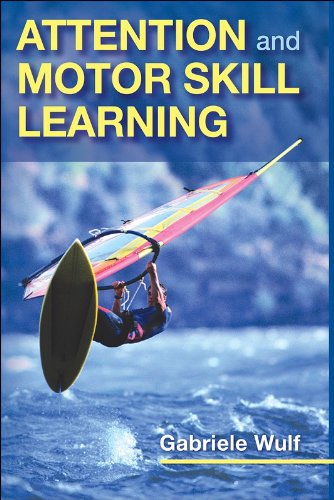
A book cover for Attention and Motor Skill Learning; Gabriele Wulf; Medical Books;